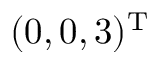
( 0 , 0 , 3 ) ^ { \mathrm { T } }